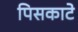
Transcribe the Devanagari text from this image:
पिसकाटे